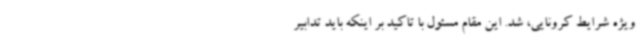
ویژه شرایط کرونایی، شد. این مقام مسئول با تاکید بر اینکه باید تدابیر